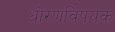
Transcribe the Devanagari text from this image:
धोरणविषयक